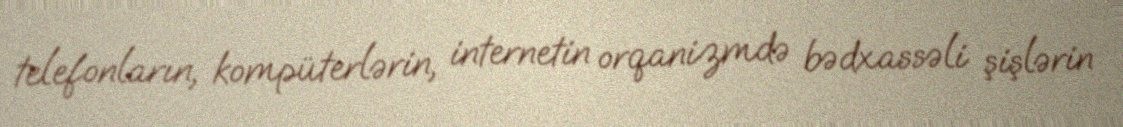
telefonların, kompüterlərin, internetin orqanizmdə bədxassəli şişlərin